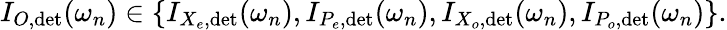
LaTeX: I_{O,{\operatorname*{det}}}(\omega_{n})\in\{ I_{X_{e},\mathrm{det}}(\omega_{n}),I_{P_{e},\mathrm{det}}(\omega_{n}),I_{X_{o},\mathrm{det}}(\omega_{n}),I_{P_{o},\mathrm{det}}(\omega_{n})\} .